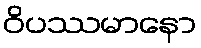
ဝိပဿမာနော